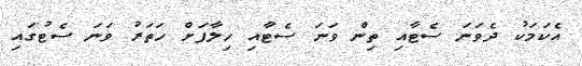
އެކަމަކު ދެވަނަ ސެޓާއި ތިން ވަނަ ސެޓާއި ހިލާފަށް ހަތަރު ވަނަ ސެޓުގައި